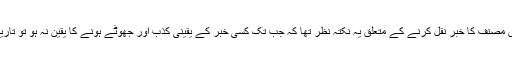
اس کتاب کے مصنف کے بارے میں یہ بات قابل توجہ ہے کہ اس مصنف کا خبر نقل کرنے کے متعلق یہ نکتہ نظر تھا کہ جب تک کسی خبر کے یقینی کذب اور جھوٹے ہونے کا یقین نہ ہو تو تاریخ و سیرت کے متعلق ایسی خبر اور روایت نقل کی جا سکتی ہے۔